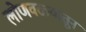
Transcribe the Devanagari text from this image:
लोणवळ्यातून